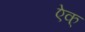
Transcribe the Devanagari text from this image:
ऐक्